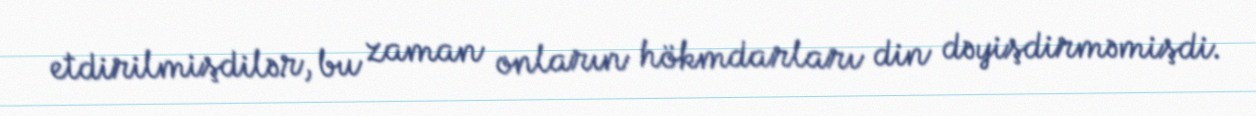
etdirilmişdilər, bu zaman onların hökmdarları din dəyişdirməmişdi.